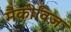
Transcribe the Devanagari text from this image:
मैकीविज़